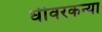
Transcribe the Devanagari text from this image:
धीवरकन्या